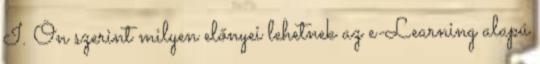
I. Ön szerint milyen előnyei lehetnek az e-Learning alapú